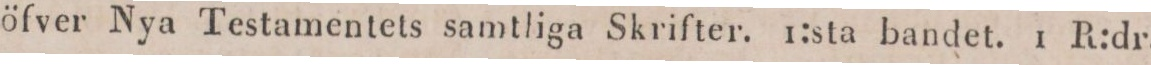
öfver Nya Testamentets samtliga Skrifter. 1:sta bandet. 1 R:dr.